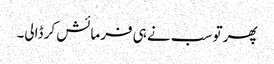
پھر تو سب نے ہی فرمائش کر ڈالی۔